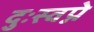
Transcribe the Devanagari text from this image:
दुःस्वप्ने